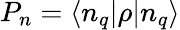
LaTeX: P_{n}=\langle n_{q}|\rho|n_{q}\rangle